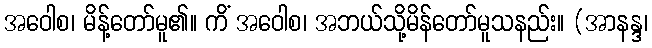
အဝေါစ၊ မိန့်တော်မူ၏။ ကိံ အဝေါစ၊ အဘယ်သို့မိန်တော်မူသနည်း။ (အာနန္ဒ၊